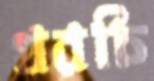
খরচি